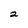
Character: 2